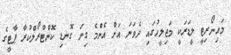
މައިނޯރިޓީ ލީޑަރަކީ މަޖިލީހުގައި ދެވަނަ އަށް އެންމެ ގިނަ ގޮނޑި ކޮންޓްރޯލްކުރާ ޕާޓީގެ